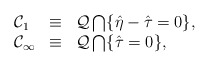
\begin{align*}\begin{array}{lcl} {\cal C}_{1} & \equiv & {\cal Q} \bigcap \{ \hat{\eta} - \hat{\tau} = 0 \}, \\ {\cal C}_{\infty} & \equiv & {\cal Q} \bigcap \{ \hat{\tau} = 0 \}, \end{array}\end{align*}